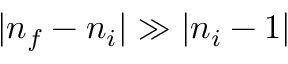
| n _ { f } - n _ { i } | \gg | n _ { i } - 1 |